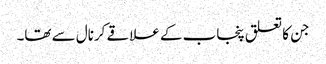
جن کا تعلق پنجاب کے علاقے کرنال سے تھا۔